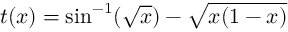
t ( x ) = \sin ^ { - 1 } ( { \sqrt { x } } ) - { \sqrt { x ( 1 - x ) } }